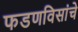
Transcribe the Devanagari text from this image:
फडणविसांचे